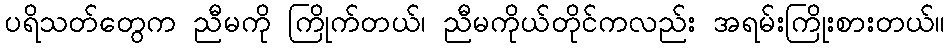
ပရိသတ်တွေက ညီမကို ကြိုက်တယ်၊ ညီမကိုယ်တိုင်ကလည်း အရမ်းကြိုးစားတယ်။